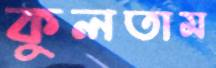
কুলতাম